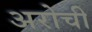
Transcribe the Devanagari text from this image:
अरोची